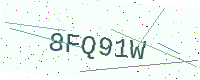
Text: 8FQ91W